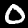
Label: 0